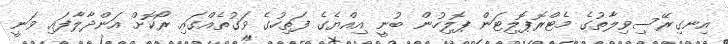
އިނގިރޭސިވިލާތުގެ މެޓްރޮޕޮލިޓަން ޕޮލިހުން ބުނީ އިއްޔެގެ ފަތިހުގެ ވަގުތެއްގައި ރޯކޮށް އަންދާލާފައި ވަނީ